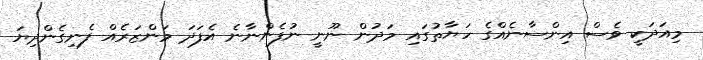
މިއަދަކީ ވެސް އިންސާނެއްގެ ހަޔާތުގައި މަދުން ނޫނީ ނުފެންނާނެ އެފަދަ މަންޒަރެއް ފެނިގެންދިޔަ